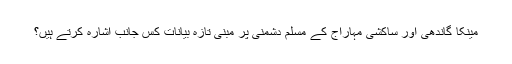
مینکا گاندھی اور ساکشی مہاراج کے مسلم دشمنی پر مبنی تازہ بیانات کس جانب اشارہ کرتے ہیں؟